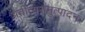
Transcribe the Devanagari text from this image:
प्रतीत्यसमुत्पादन